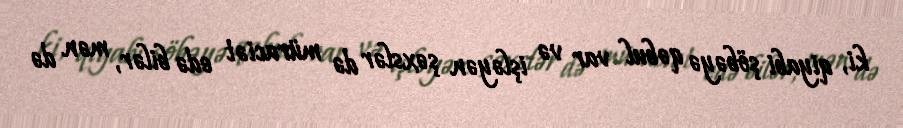
ki, qiyabi şöbəyə qəbul var və işləyən şəxslər də müraciət edə bilər, mən də